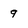
Character: 9